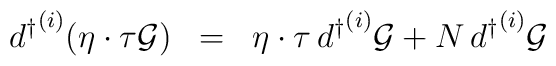
{d^{\dagger}}^{(i)} ( \eta \cdot \tau {\cal{G}} ) \;\; = \;\; \eta \cdot \tau\, {d^{\dagger}}^{(i)} {\cal{G}} + N\, {d^{\dagger}}^{(i)} {\cal{G}}